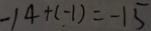
- 1 4 + ( - 1 ) = - 1 5